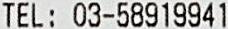
TEL: 03-58919941